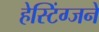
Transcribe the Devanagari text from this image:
हेस्टिंग्जने